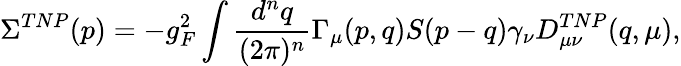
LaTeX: \Sigma^{TNP}(p)=-g_{F}^{2}\int{\frac{d^{n}q}{(2\pi)^{n}}}\Gamma_{\mu}(p,q)S(p-q)\gamma_{\nu}D_{\mu\nu}^{TNP}(q,\mu),